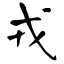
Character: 戎